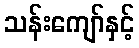
သန်းကျော်နှင့်